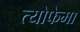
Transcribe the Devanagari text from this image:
त्योफेमा